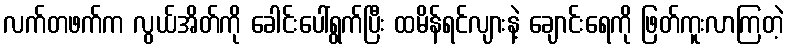
လက်တဖက်က လွယ်အိတ်ကို ခေါင်းပေါ်ရွက်ပြီး ထမိန်ရင်လျားနဲ့ ချောင်းရေကို ဖြတ်ကူးလာကြတဲ့